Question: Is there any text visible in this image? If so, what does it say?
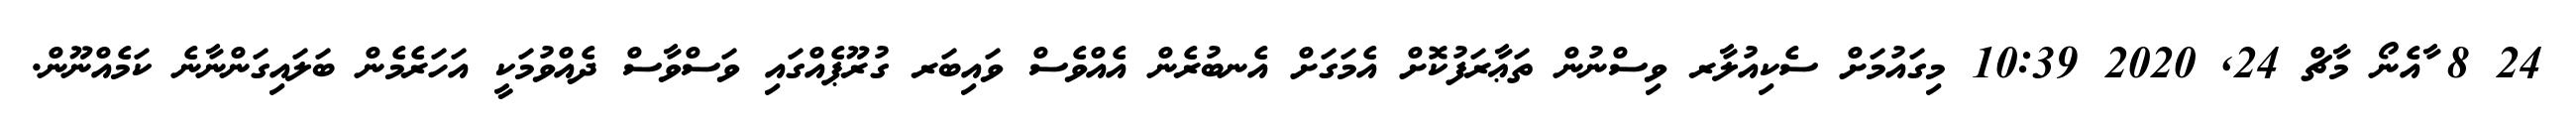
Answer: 24 8 ާއެނޯ މާޗް 24, 2020 10:39 މިގައުމަށް ސެކިއުލާރ ވިސްނުން ތަޢާރަފުކޮށް އެމަގަށް އެނބުރެން އެއްވެސް ވައިބަރ ގުރޫޕެއްގައި ވަސްވާސް ދެއްވުމަކީ އަހަރެމެން ބަލައިގަންނާނެ ކަމެއްނޫން.